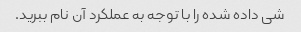
شی داده شده را با توجه به عملکرد آن نام ببرید.